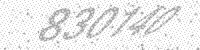
Solution: 830140